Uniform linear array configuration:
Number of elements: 32
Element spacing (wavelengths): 0.25
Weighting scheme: cosine
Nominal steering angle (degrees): -45
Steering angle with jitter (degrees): -45.235
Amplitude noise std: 0.05
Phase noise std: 0.05

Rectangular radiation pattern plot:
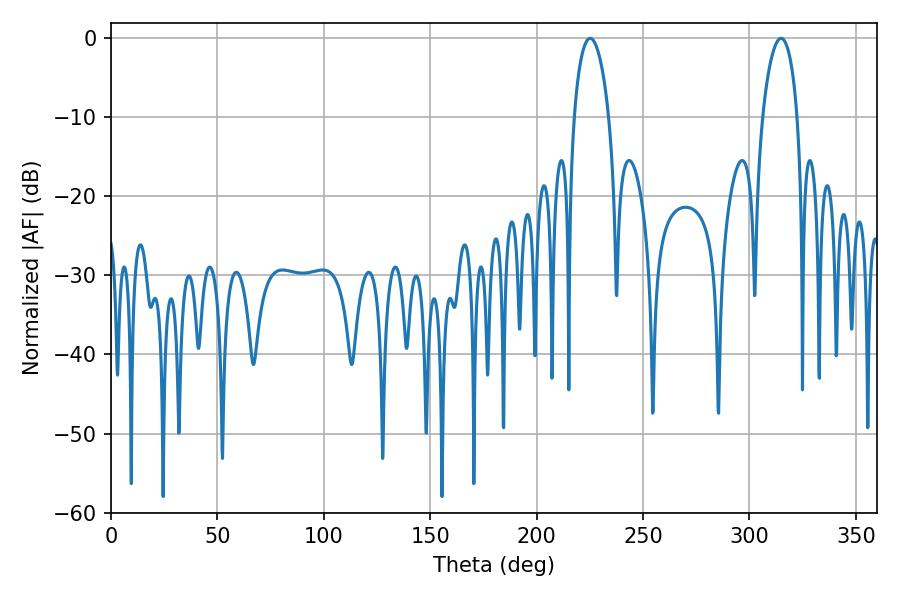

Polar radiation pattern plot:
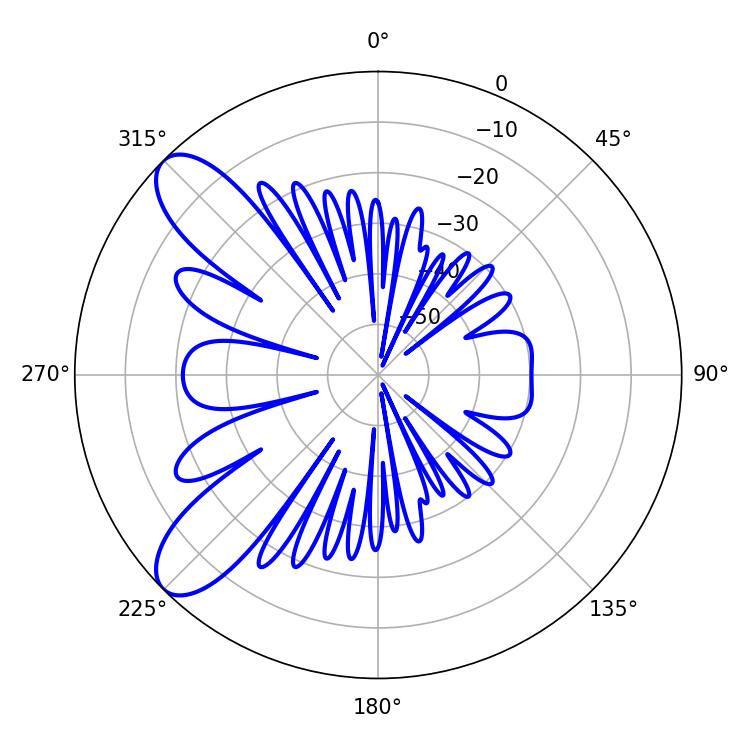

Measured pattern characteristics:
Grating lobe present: FALSE
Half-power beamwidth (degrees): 9.36
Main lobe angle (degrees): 225.18